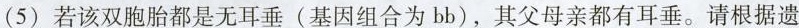
(5)若该双胞胎都是无耳垂(基因组合为bb)，其父母亲都有耳垂。请根据遗